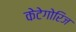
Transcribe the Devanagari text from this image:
केटेगोरिज